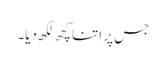
جس پر اتنا کچھ لکھ دیا۔